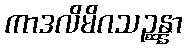
ကာဒလိမိဂသဉ္ဆန္နာ